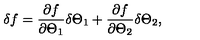
\delta f = \frac { \partial f } { \partial \Theta _ { 1 } } \delta \Theta _ { 1 } + \frac { \partial f } { \partial \Theta _ { 2 } } \delta \Theta _ { 2 } ,